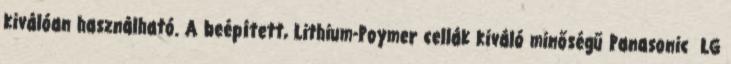
kiválóan használható. A beépített, Lithium-Poymer cellák kiváló minőségű Panasonic LG